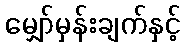
မျှော်မှန်းချက်နှင့်